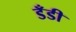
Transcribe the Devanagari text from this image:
डँडी